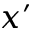
x ^ { \prime }